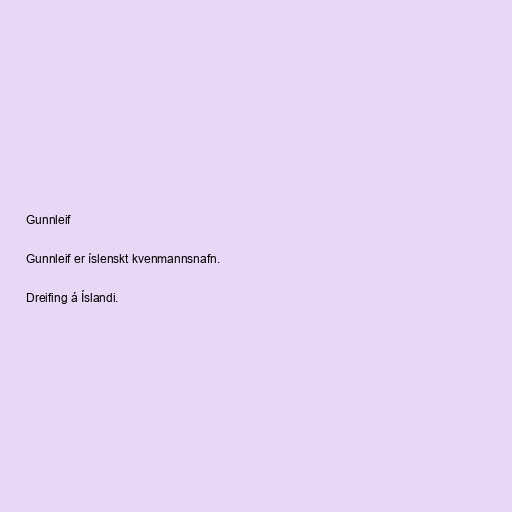
Gunnleif

Gunnleif er íslenskt kvenmannsnafn.

Dreifing á Íslandi.